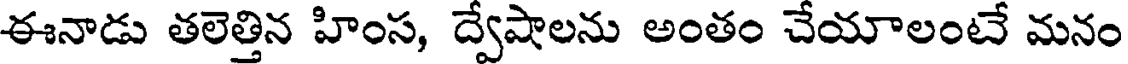
ఈనాడు తలెత్తిన హింస, ద్వేషాలను అంతం చేయాలంటే మనం